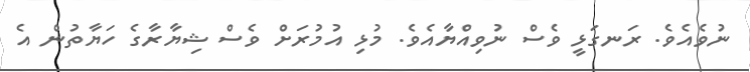
ނުވެއެވެ. ރަނގަޅީ ވެސް ނުވިއްޔާއެވެ. މުޅި އުމުރަށް ވެސް ޝިޔާރާގެ ހަޔާތުން އެ